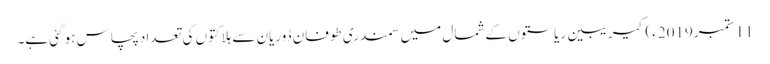
11 ستمبر2019ء) کیریبین ریاستوں کے شمال میں سمندری طوفان ڈوریان سے ہلاکتوں کی تعداد پچاس ہو گئی ہے۔